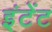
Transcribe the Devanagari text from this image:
इंटेंट